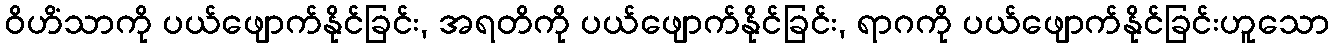
ဝိဟိံသာကို ပယ်ဖျောက်နိုင်ခြင်း, အရတိကို ပယ်ဖျောက်နိုင်ခြင်း, ရာဂကို ပယ်ဖျောက်နိုင်ခြင်းဟူသော